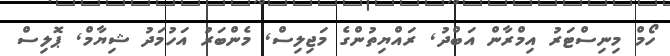
ހޯމް މިނިސްޓަރު އިމްރާން އަބްދު